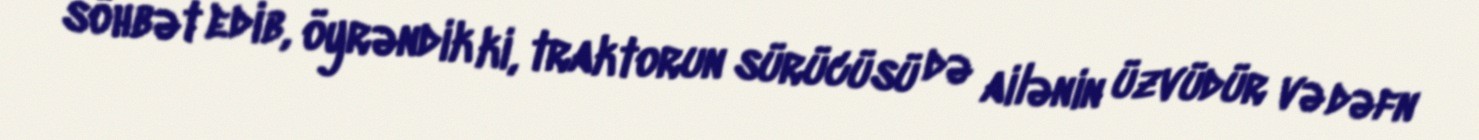
söhbət edib, öyrəndik ki, traktorun sürücüsü də ailənin üzvüdür və dəfn